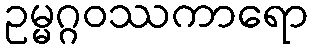
ဥမ္မဂ္ဂဝဿကာရော